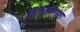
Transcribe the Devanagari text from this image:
विचित्रनिराशा